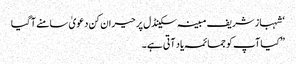
‘ شہباز شریف مبینہ سکینڈل پر حیران کن دعویٰ سامنے آگیا
”کیا آپ کو جمائمہ یاد آتی ہے۔